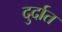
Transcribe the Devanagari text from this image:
दुर्दात